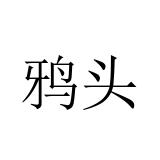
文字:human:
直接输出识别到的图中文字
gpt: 鸦头